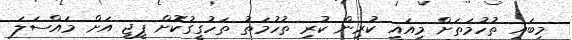
މިބައި ތުހުމަތަށް މިއައީ ކުރިން ކުރި ތުހުމަތު ތަހުގީގުކޮށް ޕީޖީ އަށް މައްސަލަ